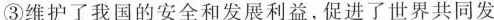
③维护了我国的安全和发展利益，促进了世界共同发